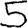
Digit: 5